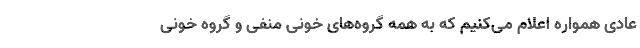
عادی همواره اعلام می‌کنیم که به همه گروه‌های خونی منفی و گروه خونی